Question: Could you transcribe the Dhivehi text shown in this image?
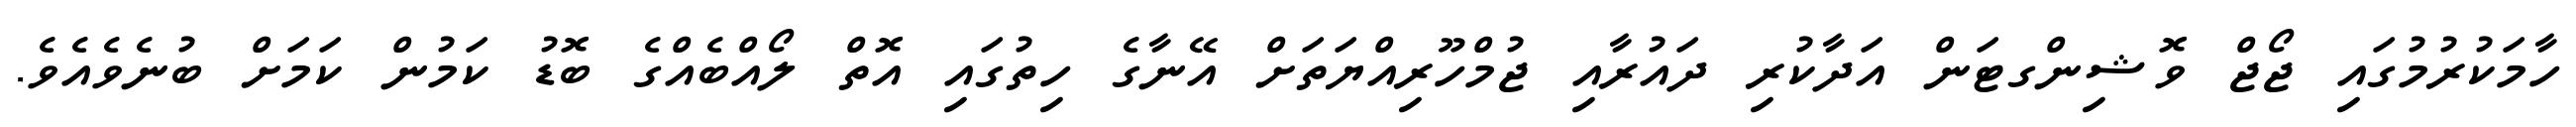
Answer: ހާމަކުރުމުގައި ޖޯޖް ވޮޝިންގޓަން އަދާކުރި ދައުރާއި ޖުމްހޫރިއްޔަތަށް އޭނާގެ ހިތުގައި އޮތް ލޯއްބެއްގެ ބޮޑު ކަމުން ކަމަށް ބުނެވެއެވެ.